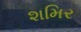
શમિર